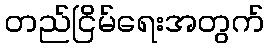
တည်ငြိမ်ရေးအတွက်